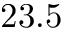
2 3 . 5